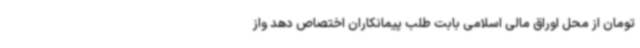
تومان از محل اوراق مالی اسلامی بابت طلب پیمانکاران اختصاص دهد واز